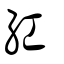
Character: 紅